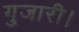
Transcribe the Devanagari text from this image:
गुजारी।